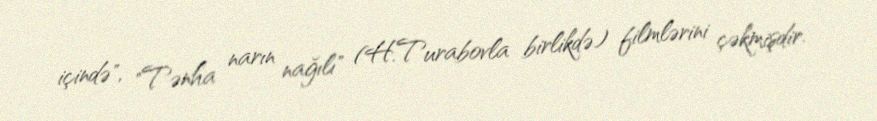
içində", "Tənha narın nağılı" (H.Turabovla birlikdə) filmlərini çəkmişdir.